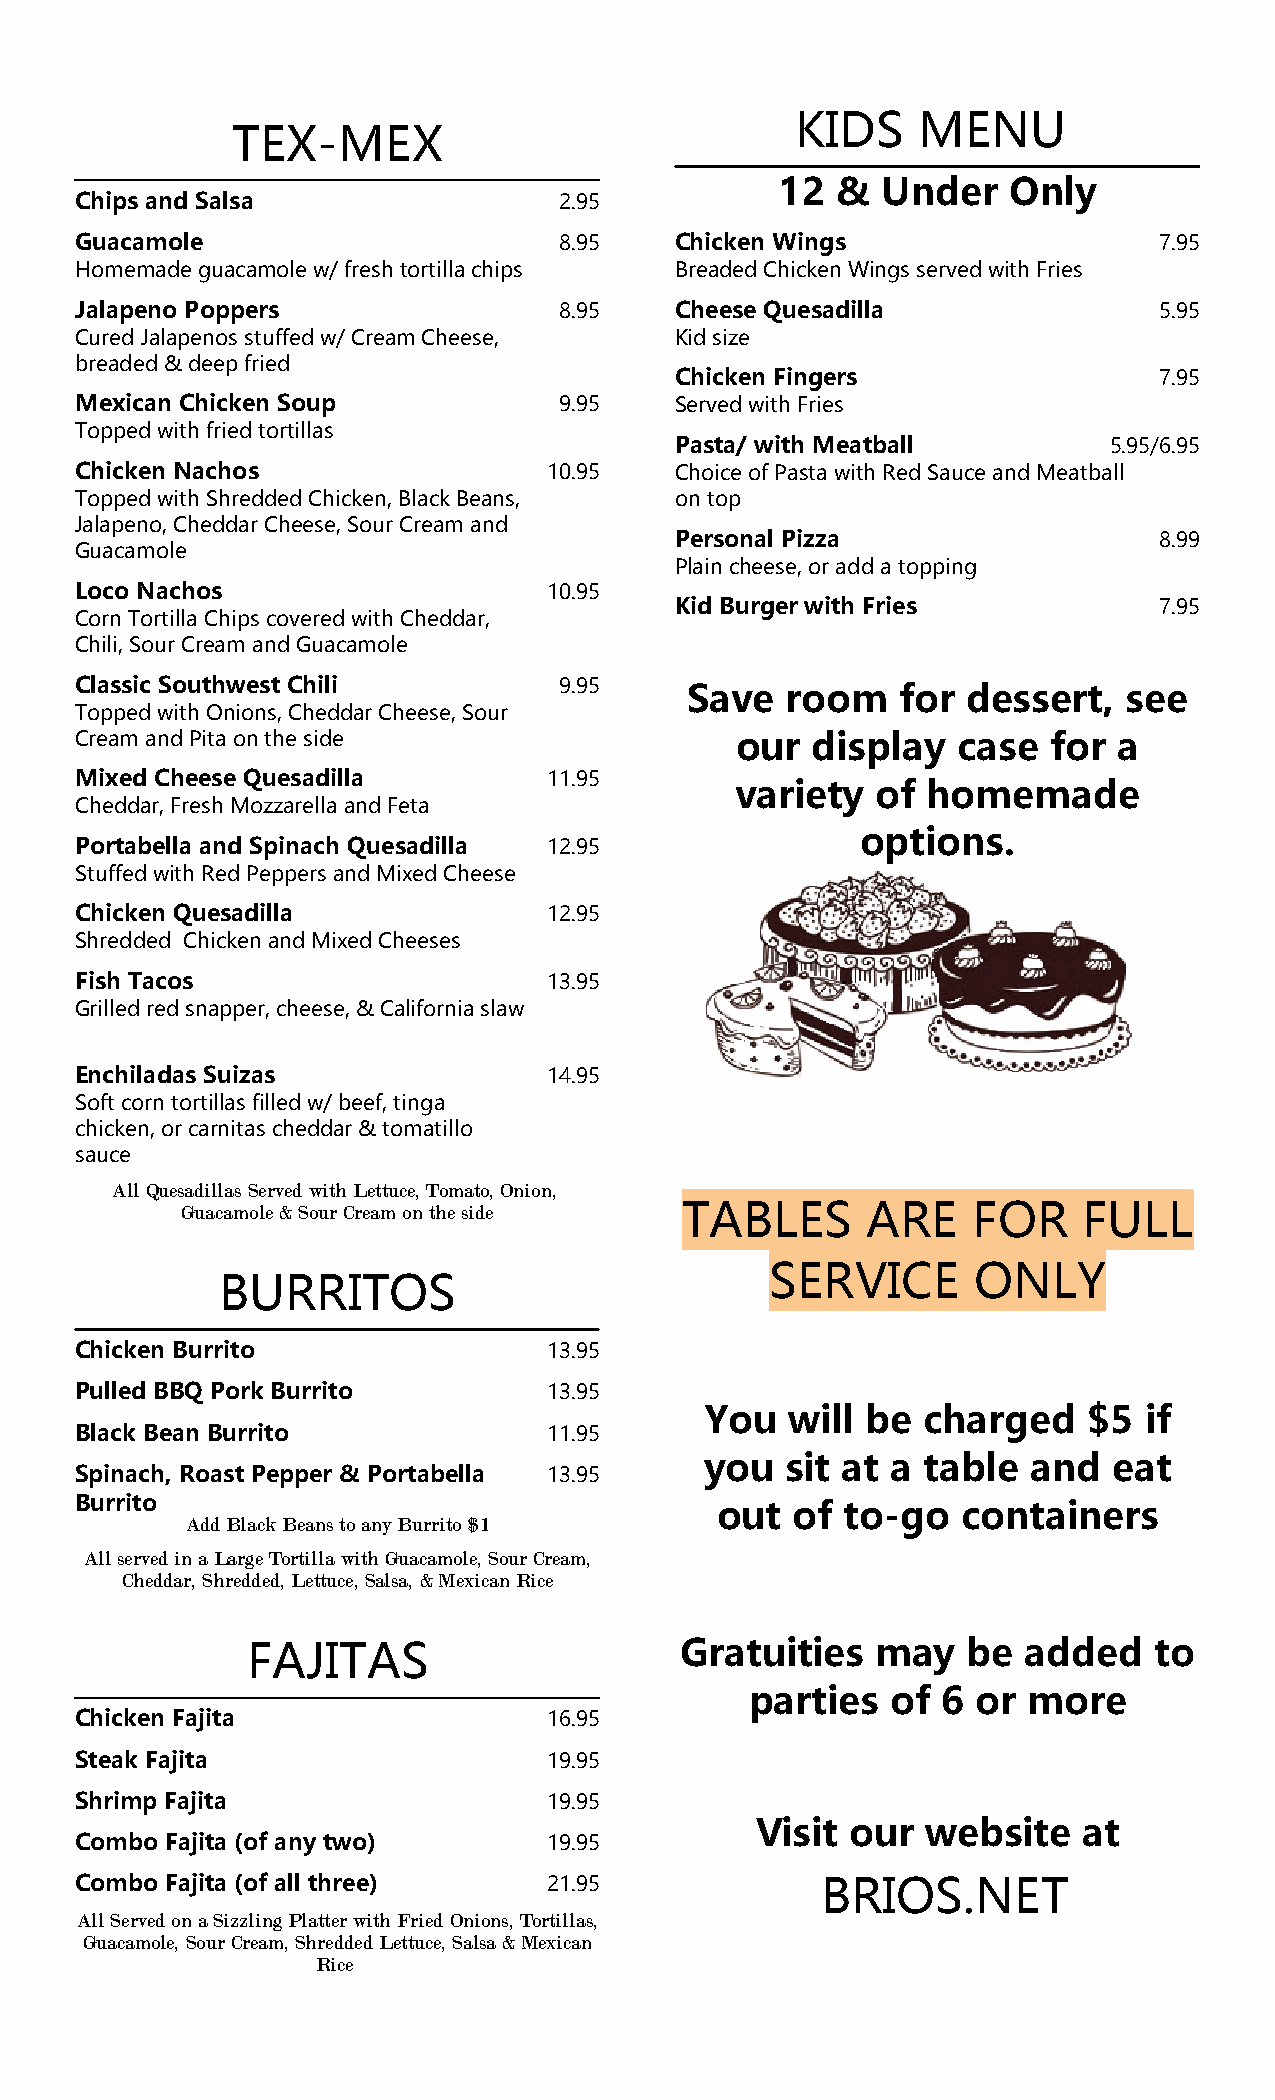
KIDS    MENU
 TEX-MEX
 12 &  Under    Only
 Chips and Salsa                 2.95
 Guacamole                       8.95    Chicken Wings                   7.95
 Homemade guacamole w/ fresh tortilla chips Breaded Chicken Wings served with Fries
 Jalapeno Poppers                8.95    Cheese Quesadilla               5.95
 Cured Jalapenos stuffed w/ Cream Cheese, Kid size
 breaded & deep fried
 Chicken Fingers                 7.95
 Mexican Chicken Soup            9.95    Served with Fries
 Topped with fried tortillas
 Pasta/ with Meatball        5.95/6.95
 Chicken Nachos                 10.95    Choice of Pasta with Red Sauce and Meatball
 Topped with Shredded Chicken, Black Beans, on top
 Jalapeno, Cheddar Cheese, Sour Cream and
 Personal Pizza                  8.99
 Guacamole
 Plain cheese, or add a topping
 Loco Nachos                    10.95
 Kid Burger with Fries           7.95
 Corn Tortilla Chips covered with Cheddar,
 Chili, Sour Cream and Guacamole
 Classic Southwest Chili         9.95
 Save  room    for dessert,   see
 Topped with Onions, Cheddar Cheese, Sour
 Cream and Pita on the side                  our  display  case   for a
 Mixed Cheese Quesadilla        11.95
 variety  of homemade
 Cheddar, Fresh Mozzarella and Feta
 options.
 Portabella and Spinach Quesadilla 12.95
 Stuffed with Red Peppers and Mixed Cheese
 Chicken Quesadilla             12.95
 Shredded Chicken and Mixed Cheeses
 Fish Tacos                     13.95
 Grilled red snapper, cheese, & California slaw
 Enchiladas Suizas              14.95
 Soft corn tortillas filled w/ beef, tinga
 chicken, or carnitas cheddar & tomatillo
 sauce
 All Quesadillas Served with Lettuce, Tomato, Onion,
 Guacamole & Sour Cream on the side TABLES    ARE    FOR     FULL
 SERVICE      ONLY
 BURRITOS
 Chicken Burrito                13.95
 Pulled BBQ Pork Burrito        13.95
 You  will be  charged    $5  if
 Black Bean Burrito             11.95
 you  sit at a table  and   eat
 Spinach, Roast Pepper & Portabella 13.95
 Burrito
 out  of  to-go   containers
 Add Black Beans to any Burrito $1
 All served in a Large Tortilla with Guacamole, Sour Cream,
 Cheddar, Shredded, Lettuce, Salsa, & Mexican Rice
 FAJITAS                      Gratuities   may   be  added   to
 parties  of 6  or more
 Chicken Fajita                 16.95
 Steak Fajita                   19.95
 Shrimp Fajita                  19.95
 Visit our  website    at
 Combo Fajita (of any two)      19.95
 Combo Fajita (of all three)    21.95             BRIOS.NET
 All Served on a Sizzling Platter with Fried Onions, Tortillas,
 Guacamole, Sour Cream, Shredded Lettuce, Salsa & Mexican
 Rice